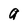
Character: a